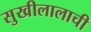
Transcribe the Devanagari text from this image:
सुखीलालाची